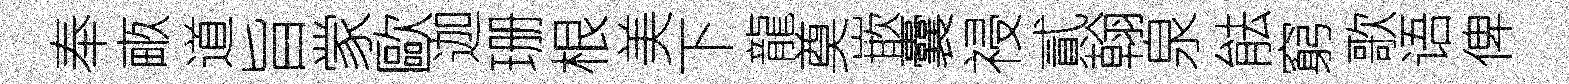
奉畞道旨䝉歐迦珊根美下龍奠嵌囊祲貳翰泉䏻窮歌语俾